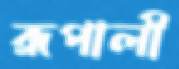
রূপালী